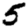
Digit: 5